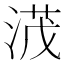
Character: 𣸻